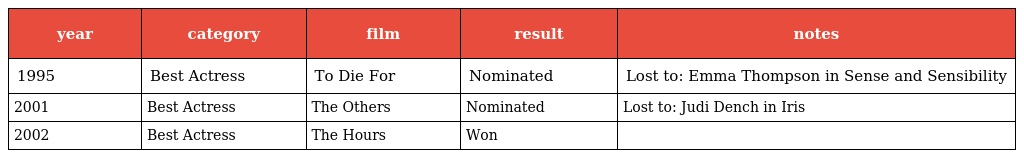
| year | category | film | result | notes |
 | --- | --- | --- | --- | --- |
 | 1995 | Best Actress | To Die For | Nominated | Lost to: Emma Thompson in Sense and Sensibility |
 | 2001 | Best Actress | The Others | Nominated | Lost to: Judi Dench in Iris |
 | 2002 | Best Actress | The Hours | Won |  |